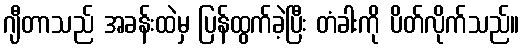
ဂျီတာသည် အခန်းထဲမှ ပြန်ထွက်ခဲ့ပြီး တံခါးကို ပိတ်လိုက်သည်။